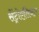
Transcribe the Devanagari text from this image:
सेंट्रोएसिनार